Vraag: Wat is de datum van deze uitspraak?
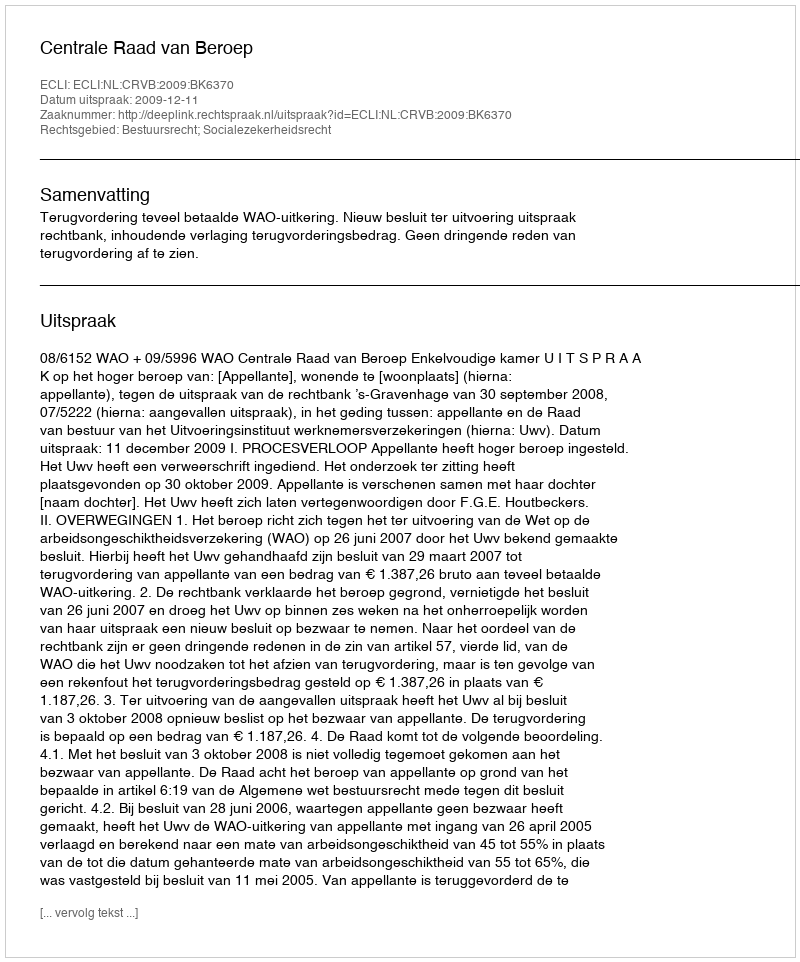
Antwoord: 2009-12-11